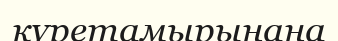
күретамырынана